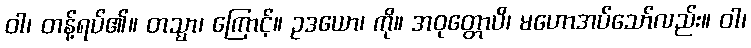
ဝါ၊ တန့်ရပ်၏။ တသ္မာ၊ ကြောင့်။ ဥဒယော၊ ကို။ အဝုတ္တောပိ၊ မဟောအပ်သော်လည်း။ ဝါ၊